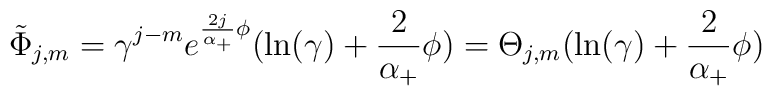
\tilde \Phi _{j,m}=\gamma ^{j-m}e^{\frac{2j}{\alpha _{+}}\phi }(\ln (\gamma)+\frac 2{\alpha _{+}}\phi )=\Theta _{j,m}(\ln (\gamma )+\frac 2{\alpha_{+}}\phi )